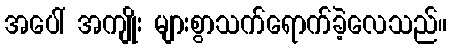
အပေါ် အကျိုး များစွာသက်ရောက်ခဲ့လေသည်။